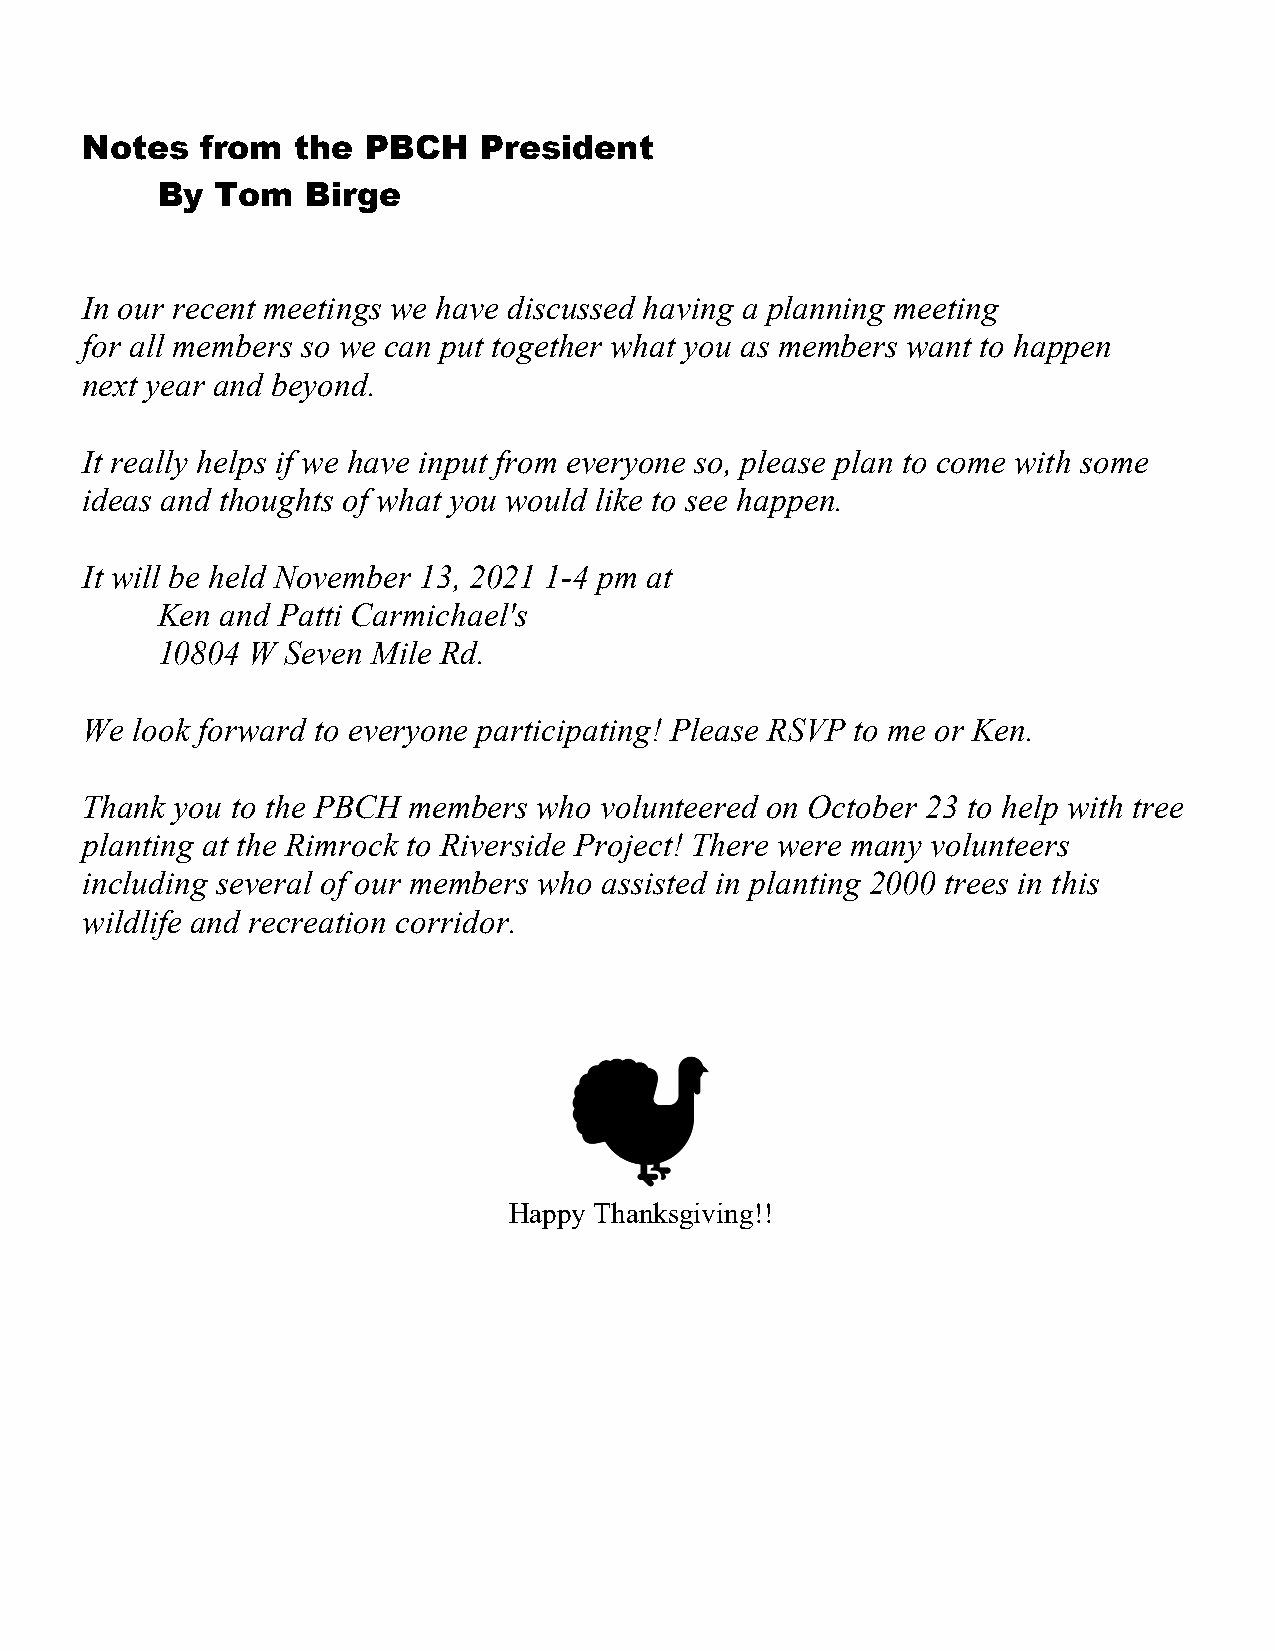
Notes   from   the PBCH    President
 By  Tom   Birge
 In our recent meetings we have discussed having a planning meeting
 for all members so we can put together what you as members want to happen
 next year and beyond.
 It really helps if we have input from everyone so, please plan to come with some
 ideas and thoughts of what you would like to see happen.
 It will be held November 13, 2021 1-4 pm at
 Ken  and Patti Carmichael's
 10804 W  Seven Mile Rd.
 We  look forward to everyone participating! Please RSVP to me or Ken.
 Thank  you to the PBCH members who volunteered on October 23 to help with tree
 planting at the Rimrock to Riverside Project! There were many volunteers
 including several of our members who assisted in planting 2000 trees in this
 wildlife and recreation corridor.
 Happy Thanksgiving!!